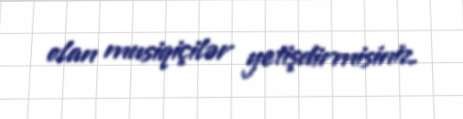
olan musiqiçilər yetişdirmisiniz.